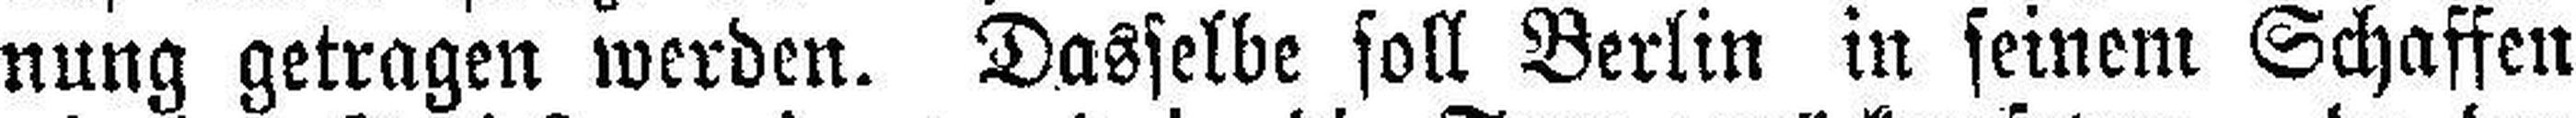
nung getragen werden. Dasselbe soll Berlin in seinem Schaffen